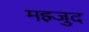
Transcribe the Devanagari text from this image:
मझ्जुद